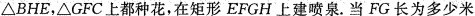
△BHE，△GFC上都种花，在矩形EFGH上建喷泉。当FG长为多少米